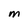
Character: M